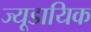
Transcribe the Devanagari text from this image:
ज्यूडायिक